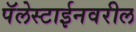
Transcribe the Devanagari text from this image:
पॅलेस्टाईनवरील